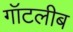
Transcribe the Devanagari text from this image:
गॉटलीब